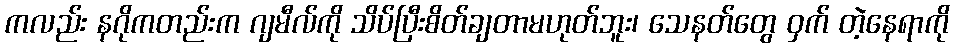
ကလည်း နဂိုကတည်းက ဂျမီလ်ကို သိပ်ပြီးစိတ်ချတာမဟုတ်ဘူး၊ သေနတ်တွေ ဝှက် တဲ့နေရာကို